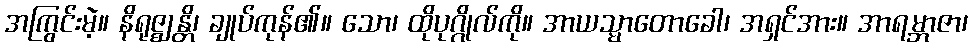
အကြွင်းမဲ့။ နိရုဇ္ဈန္တိ၊ ချုပ်ကုန်၏။ သော၊ ထိုပုဂ္ဂိုလ်ကို။ အာယသ္မာတောခေါ၊ အရှင်အား။ အာရမ္ဘာဇာ၊